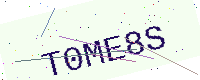
Text: T0ME8S